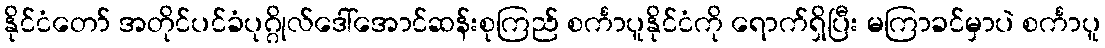
နိုင်ငံတော် အတိုင်ပင်ခံပုဂ္ဂိုလ်ဒေါ်အောင်ဆန်းစုကြည် စင်္ကာပူနိုင်ငံကို ရောက်ရှိပြီး မကြာခင်မှာပဲ စင်္ကာပူ